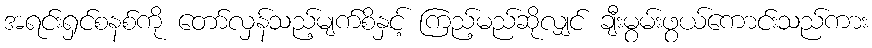
အရင်းရှင်စနစ်ကို တော်လှန်သည့်မျက်စိနှင့် ကြည့်မည်ဆိုလျှင် ချီးမွမ်းဖွယ်ကောင်းသည်ကား